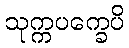
သုက္ကပက္ခေပိ